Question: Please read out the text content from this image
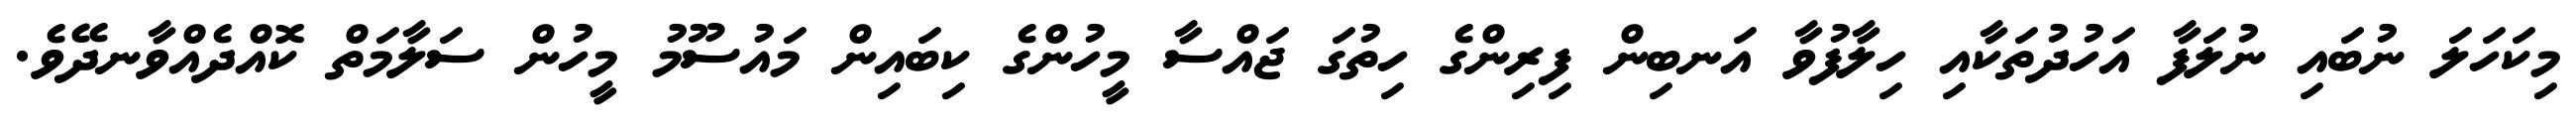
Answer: މިކަހަލަ ނުބައި ނުލަފާ އަހުދުތަކާއި ހިލާފުވާ އަނބިން ފިރިންގެ ހިތުގަ ޖައްސާ މީހުންގެ ކިބައިން މައުސޫމު މީހުން ސަލާމަތް ކޮއްދެއްވާނދޭވެ.